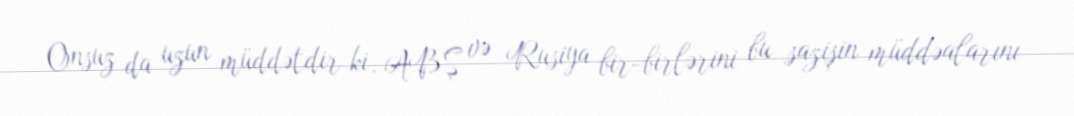
Onsuz da uzun müddətdir ki, ABŞ və Rusiya bir-birlərini bu sazişin müddəalarını